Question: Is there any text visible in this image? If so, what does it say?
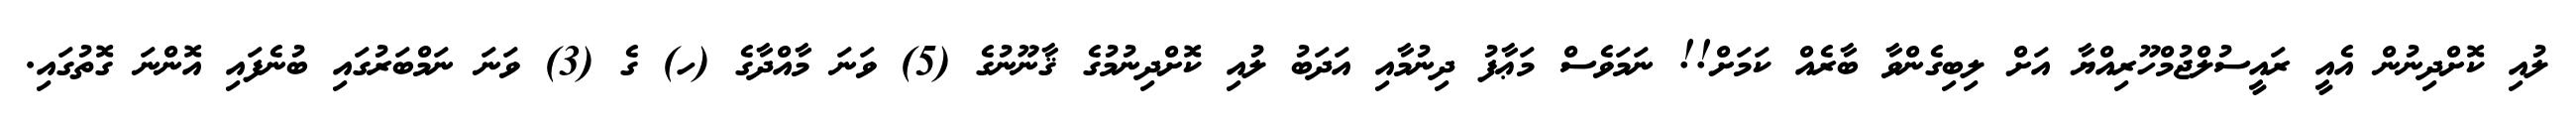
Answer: ލުއި ކޮށްދިނުން އެއީ ރައީސުލްޖުމްހޫރިއްޔާ އަށް ލިބިގެންވާ ބާރެއް ކަމަށް!! ނަމަވެސް މަޢާފު ދިނުމާއި އަދަބު ލުއި ކޮށްދިނުމުގެ ޤާނޫނުގެ (5) ވަނަ މާއްދާގެ (ހ) ގެ (3) ވަނަ ނަމްބަރުގައި ބުނެފައި އޮންނަ ގޮތުގައި.